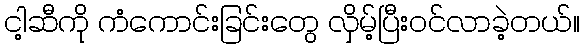
ငါ့ဆီကို ကံကောင်းခြင်းတွေ လှိမ့်ပြီးဝင်လာခဲ့တယ်။